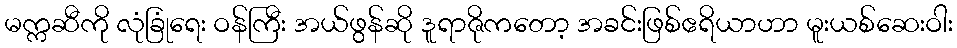
မက္ကဆီကို လုံခြုံရေး ဝန်ကြီး အယ်ဖွန်ဆို ဒူရာဇိုကတော့ အခင်းဖြစ်ဧရိယာဟာ မူးယစ်ဆေးဝါး